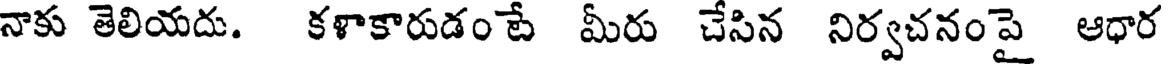
నాకు తెలియదు. కళాకారుడం టే మీరు చేసిన నిర్వచనంపై ఆధార